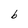
Character: b